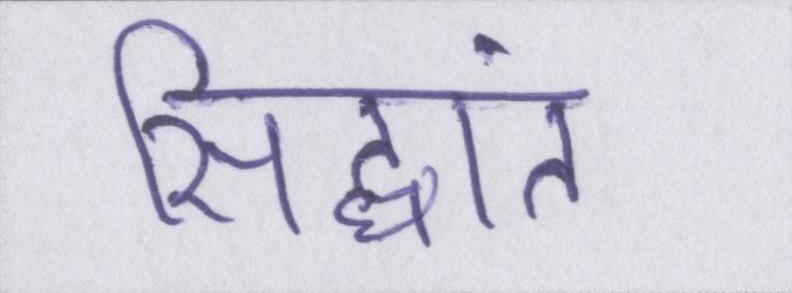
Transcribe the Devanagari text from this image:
सिद्धांत